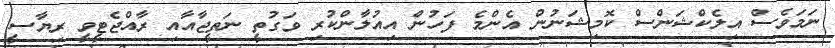
ނަމަވެސް އިލެކްޝަންސް ކޮމިޝަނުން އެންމެ ފަހުން އިއުލާންކުރި ވަގުތީ ނަތީޖާއާއި ރާއްޖެޓީވީ ރިޔާސީ